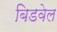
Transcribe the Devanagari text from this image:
बिडवेल